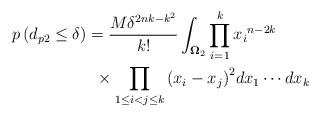
LaTeX: \begin{align*}p\left( {{d_{p2}} \leq \delta } \right) & = \frac{{M{\delta ^{2nk - {k^2}}}}}{{k!}}\int_{{{\mathbf{\Omega }}_2}} \prod\limits_{i = 1}^k {{x_i}^{n - 2k}} \\ & \,\,\, \times \prod\limits_{1 \leq i < j \leq k} {{{\left( {{x_i} - {x_j}} \right)}^2}} d{x_1} \cdots d{x_k} \end{align*}